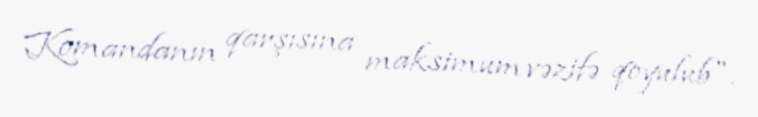
Komandanın qarşısına maksimum vəzifə qoyulub".